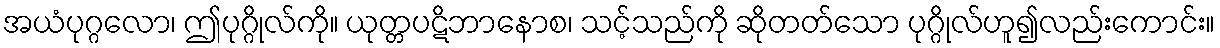
အယံပုဂ္ဂလော၊ ဤပုဂ္ဂိုလ်ကို။ ယုတ္တပဋိဘာနောစ၊ သင့်သည်ကို ဆိုတတ်သော ပုဂ္ဂိုလ်ဟူ၍လည်းကောင်း။